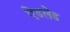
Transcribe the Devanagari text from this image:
ऐडलेड